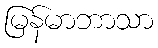
မြန်မာဘာသာ